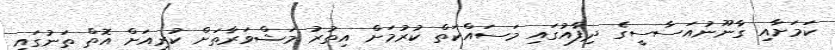
ކަމަށާއި ގާނޫނުއަސާސީގެ ދިފާއުގައި މަސައްކަތް ކުރުމަށް އިތުރު މަޝްވަރާތަށް ކުރިއަށް އޮތް ތަނުގައި